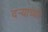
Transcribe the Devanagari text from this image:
दर्‍याच्या